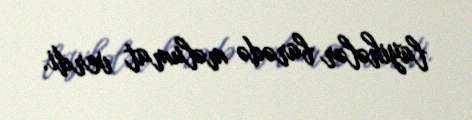
layihələr barədə məlumat verdi.